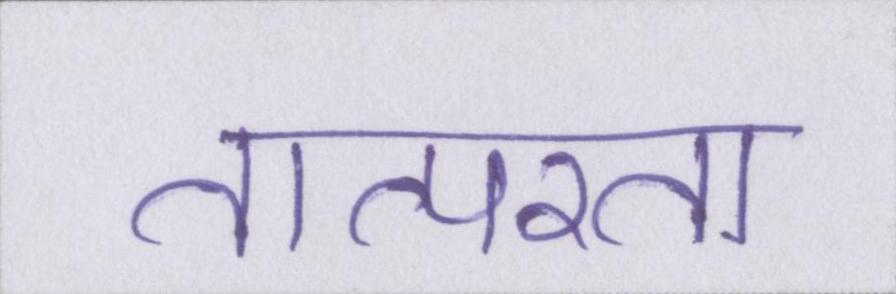
तात्परता